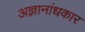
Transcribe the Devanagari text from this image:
अज्ञानांधकार